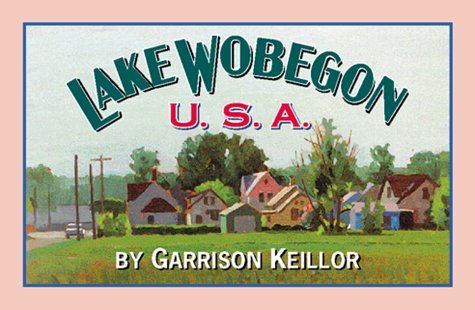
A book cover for Lake Wobegon U.S.A .; Garrison Keillor; Humor & Entertainment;